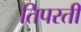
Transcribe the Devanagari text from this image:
तिपरती